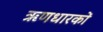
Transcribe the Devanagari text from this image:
ऋणधारकों